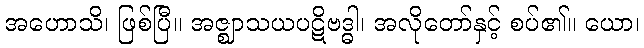
အဟောသိ၊ ဖြစ်ပြီ။ အဇ္ဈာသယပဋိဗဒ္ဓါ၊ အလိုတော်နှင့် စပ်၏။ ယော၊